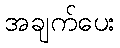
အချက်ပေး